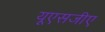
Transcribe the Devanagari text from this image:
यूएसजीए